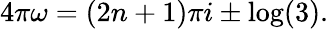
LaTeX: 4\pi\omega=(2n+1)\pi i\pm\log(3).